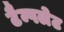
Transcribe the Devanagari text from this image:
टैम्पलेट